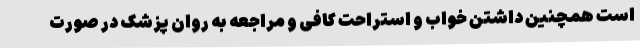
است همچنین داشتن خواب و استراحت کافی و مراجعه به روان پزشک در صورت